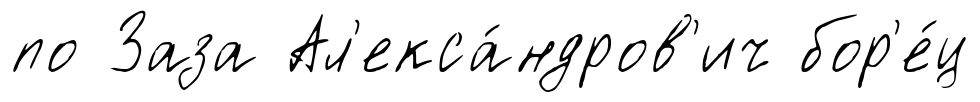
по Заза Ал'екса́ндров'ич бор'е́ц